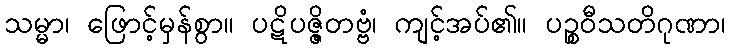
သမ္မာ၊ ဖြောင့်မှန်စွာ။ ပဋိပဇ္ဇိတဗ္ဗံ၊ ကျင့်အပ်၏။ ပဉ္စဝီသတိဂုဏာ၊